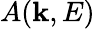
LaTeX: A(\mathbf{k},E)